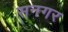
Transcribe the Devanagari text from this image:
सनगर